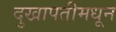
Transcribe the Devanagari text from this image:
दुखापतीमधून